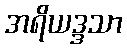
အရိယဒ္ဒသာ